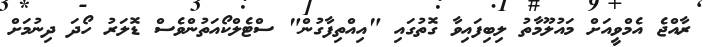
ރާއްޖެ އެމްވީއަށް މައުލޫމާތު ލިބިފައިވާ ގޮތުގައި "އިއްތިފާގުން" ސްޓެލްކޯއަތުންވެސް ޑޮލަރު ހޯދަ ދިނުމަށް